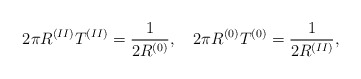
\begin{align*}2\pi R^{(II)}T^{(II)}=\frac{1}{2R^{(0)}},\quad2\pi R^{(0)}T^{(0)}=\frac{1}{2R^{(II)}},\end{align*}